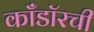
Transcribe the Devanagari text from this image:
काँडॉरची